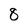
Character: 8